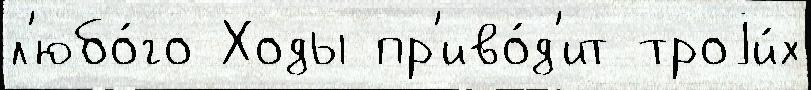
л'юбо́го Ходы пр'иво́д'ит троjи́х